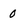
Character: 0